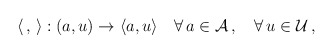
\begin{align*}\langle \,,\,\rangle : (a,u) \rightarrow \langle a,u \rangle\quad \forall \,a \in {\cal A}\,,\quad\forall \,u \in {\cal U}\,,\end{align*}